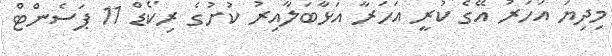
މިދިޔަ އަހަރު އޭގެ ކުރީ އަހަރާ އަޅާބަލާއިރު ކުށުގެ ރިކޯޑް 11 ޕަސެންޓް